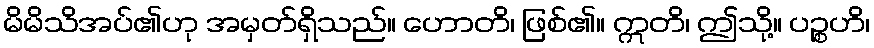
မိမိသိအပ်၏ဟု အမှတ်ရှိသည်။ ဟောတိ၊ ဖြစ်၏။ ဣတိ၊ ဤသို့။ ပဉ္စဟိ၊